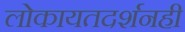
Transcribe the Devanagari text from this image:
लोकायतदर्शनही